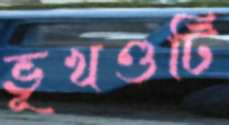
ভূখণ্ডটি